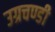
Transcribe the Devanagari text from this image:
उग्रचण्डी